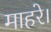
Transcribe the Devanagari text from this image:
माहरे।